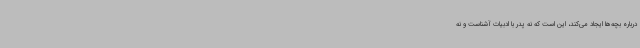
درباره بچه‌ها ایجاد می‌کند، این است که نه پدر با ادبیات آشناست و نه